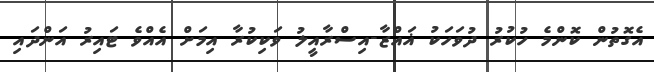
އެގޮތުން ކޮންމެ ހުކުރު ދުވަހަކު ޣައްޒާ-އިސްރާއީލު ވަކިކުރާ އިމަށް އެއްވެ ޓައިރު އަންދައި